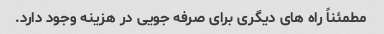
مطمئناً راه های دیگری برای صرفه جویی در هزینه وجود دارد.